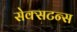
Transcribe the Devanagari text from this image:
सेक्सटन्स